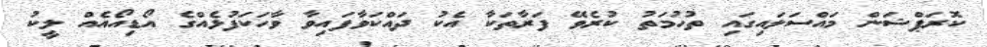
ކޮރަޕްޝަން މައްސަލައިގައި ތުހުމަތު ކުރެވޭ ފަރާތަކާ އެކު ދައްކަވާފައިވާ ވާހަކަފުޅެއްގެ އޯޑިއޯއެއް ލީކު